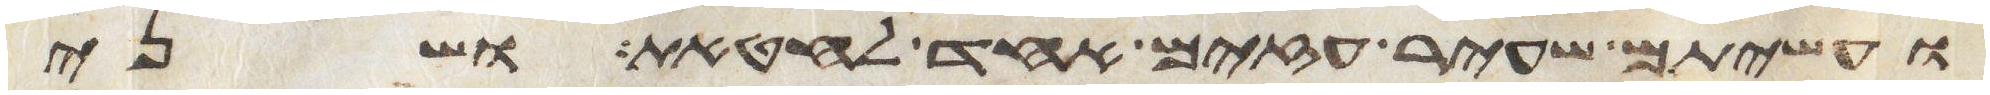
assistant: ועשיתם שעיר עזים אחד לחטאת ושני